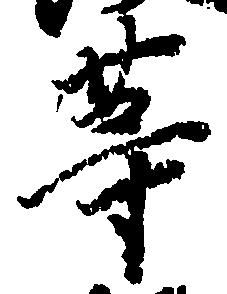
等